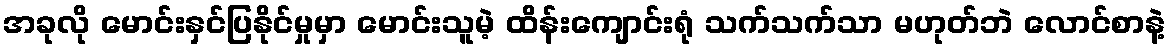
အခုလို မောင်းနှင်ပြနိုင်မှုမှာ မောင်းသူမဲ့ ထိန်းကျောင်းရုံ သက်သက်သာ မဟုတ်ဘဲ လောင်စာနဲ့